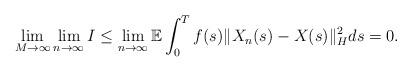
LaTeX: \begin{align*}\lim_{M\rightarrow\infty}\lim_{n\rightarrow\infty} I \leq \lim_{n\rightarrow\infty} \mathbb{E} \int_0^{T} f(s) \Vert X_n(s) - X(s) \Vert_H^2 ds = 0 .\end{align*}